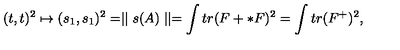
( t , t ) ^ { 2 } \mapsto ( s _ { 1 } , s _ { 1 } ) ^ { 2 } = \mid \mid s ( A ) \mid \mid = \int t r ( F + * F ) ^ { 2 } = \int t r ( F ^ { + } ) ^ { 2 } ,